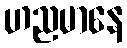
ဟညမာနေ